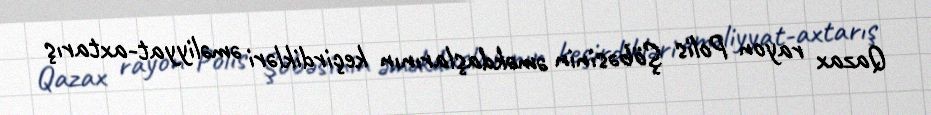
Qazax rayon Polis Şöbəsinin əməkdaşlarının keçirdikləri əməliyyat-axtarış